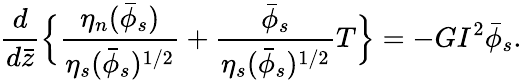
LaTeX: \frac{d}{d\bar{z}}\Bigl\{ \frac{\eta_{n}(\bar{\phi}_{s})}{\eta_{s}(\bar{\phi}_{s})^{1/2}}+\frac{\bar{\phi}_{s}}{\eta_{s}(\bar{\phi}_{s})^{1/2}}T\Bigr\} =-GI^{2}\bar{\phi}_{s}.